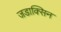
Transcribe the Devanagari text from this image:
जडाक्सिन